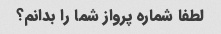
لطفا شماره پرواز شما را بدانم؟